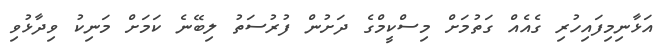
އަޅާނިމިފައިހުރި ގެއެއް ގަތުމަށް މިސްކީމްގެ ދަށުން ފުރުސަތު ލިބޭނެ ކަމަށް މަނިކު ވިދާޅުވި